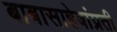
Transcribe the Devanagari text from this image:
बाबासाहेबांप्रती